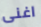
اغنى